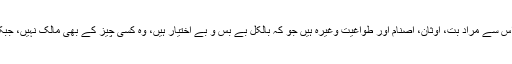
. دوسری اہم بات یہ ہے کہ جن آیات میں ’’مِنْ دُوْنِ اللهِ‘‘ کے الفاظ آئے ہیں وہاں اس سے مراد بت، اوثان، اصنام اور طواغیت وغیرہ ہیں جو کہ بالکل بے بس و بے اختیار ہیں، وہ کسی چیز کے بھی مالک نہیں، جبکہ انبیاء و اولیاء ان آیات کے تحت ’’مِنْ دُوْنِ اللهِ‘‘ کے زمرے میں شامل ہی نہیں۔